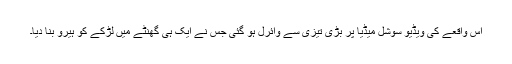
اس واقعے کی ویڈیو سوشل میڈیا پر بڑی تیزی سے وائرل ہو گئی جس نے ایک ہی گھنٹے میں لڑکے کو ہیرو بنا دیا۔